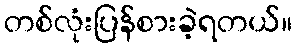
တစ်လုံးပြန်စားခဲ့ရတယ်။